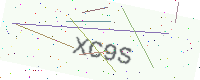
Text: XC9S